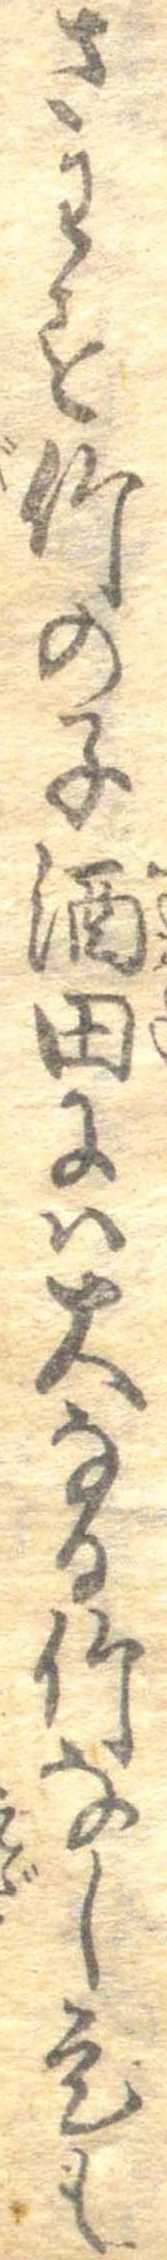
さわす竹の子酒田には大なる竹なし是も